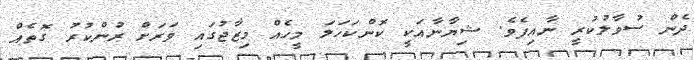
ދެން ސުވާލުކުރީ ނާއިފެވެ. ޝިޔާނާއަކީ ކޮންކަހަލަ މީހެއް މިޒާޖުގައި ވަރަށް ރުންކުރު ގޮތެއް